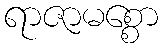
ရာဇာမစ္စော